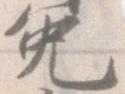
免